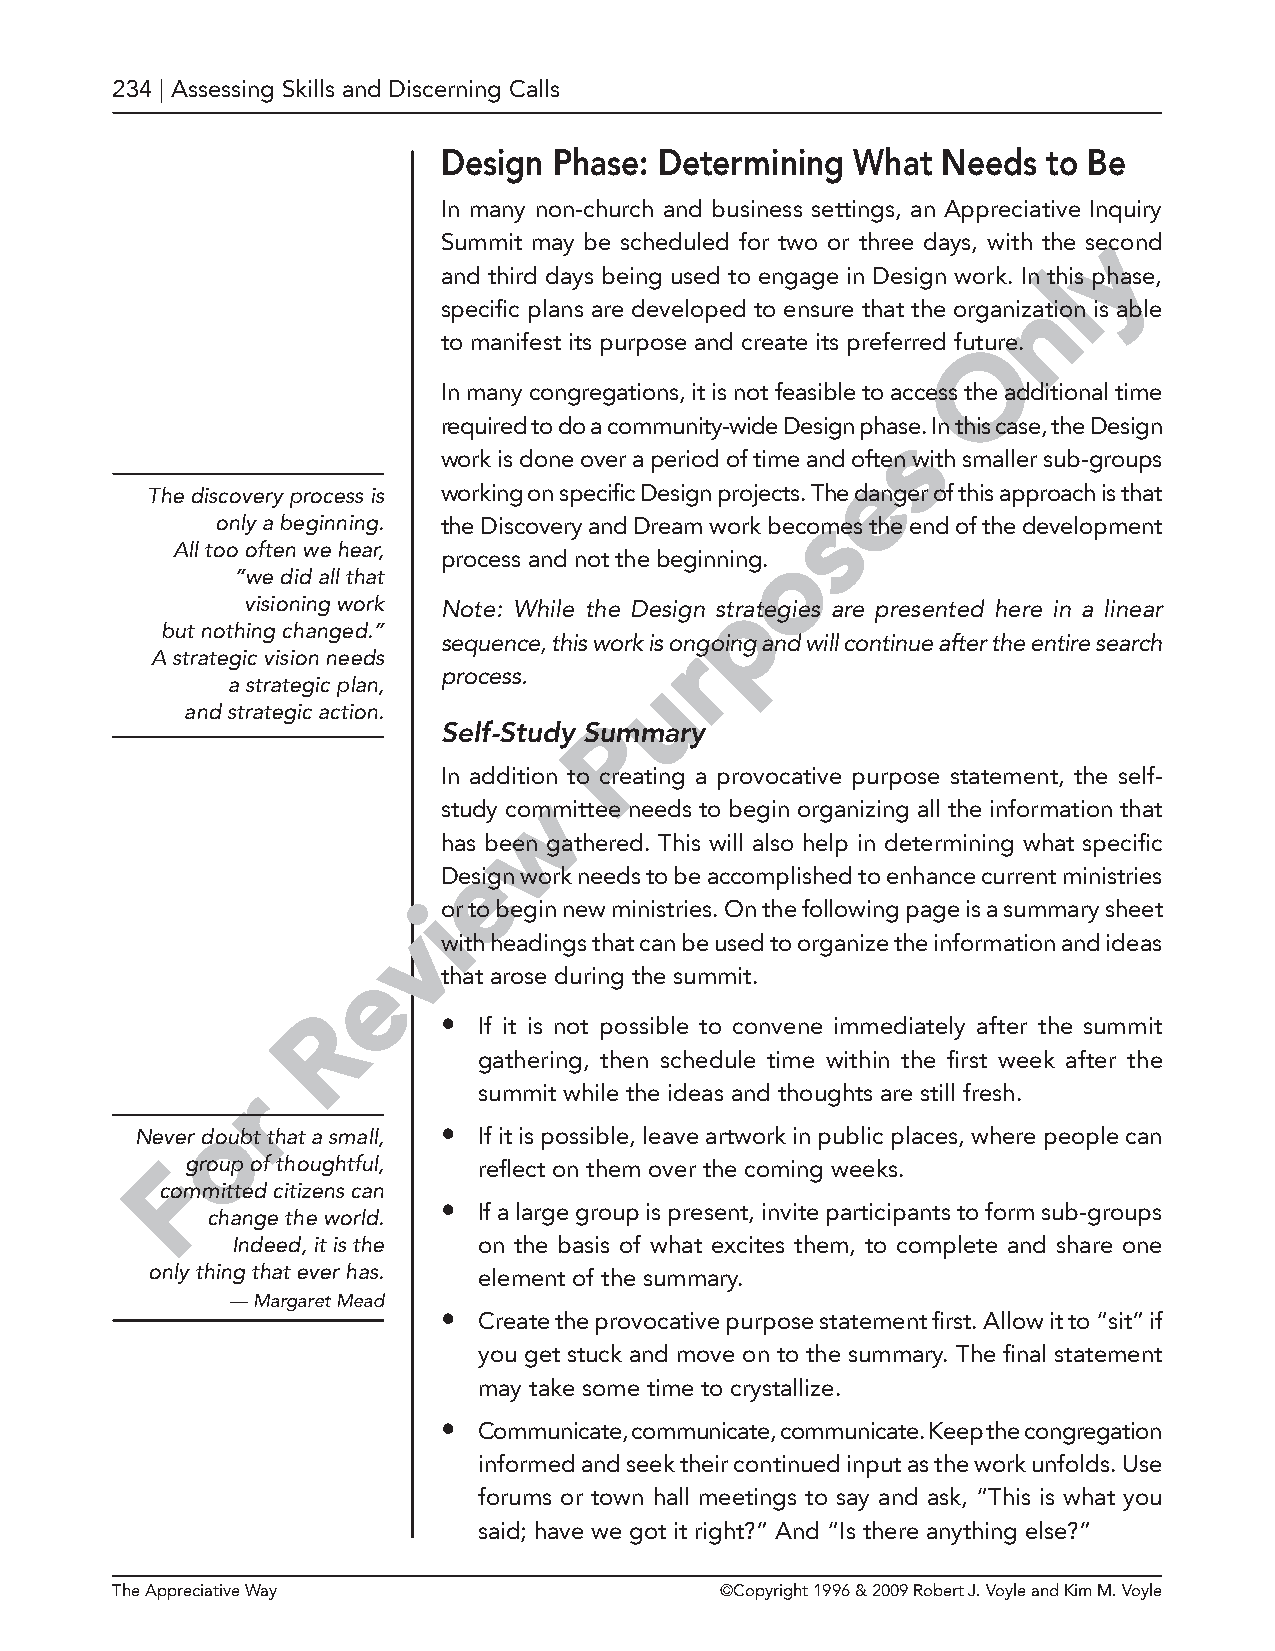
234 | Assessing Skills and Discerning Calls
 Design  Phase: Determining  What Needs  to Be
 In many non-church and business settings, an Appreciative Inquiry
 y
 Summit may be scheduled for two or three days, with the second
 and third days being used to engage in Design work. In tlhis phase,
 n
 specific plans are developed to ensure that the organization is able
 to manifest its purpose and create its preferred futOure.
 In many congregations, it is not feasible to access the additional time
 required to do a community-wide Design phase. In this case, the Design
 s
 work is done over a period of time and often with smaller sub-groups
 e
 The discovery process is working on specific Design projects. The danger of this approach is that
 s
 only a beginning. the Discovery and Dream work becomes the end of the development
 All too often we hear,                  o
 process and not the beginning.
 “we did all that
 p
 visioning work Note: While the Design strategies are presented here in a linear
 but nothing changed.”
 sequence, this work is orngoing and will continue after the entire search
 A strategic vision needs
 process.      u
 a strategic plan,
 and strategic action.
 P
 Self-Study Summary
 In addition to creating a provocative purpose statement, the self-
 w
 study committee needs to begin organizing all the information that
 has been gathered. This will also help in determining what specific
 e
 Design work needs to be accomplished to enhance current ministries
 ior to begin new ministries. On the following page is a summary sheet
 v
 with headings that can be used to organize the information and ideas
 e
 that arose during the summit.
 R
 •  If it is not possible to convene immediately after the summit
 gathering, then schedule time within the first week after the
 r               summit while the ideas and thoughts are still fresh.
 o
 Never doubt that a small, • If it is possible, leave artwork in public places, where people can
 Fgroup of thoughtful, reflect on them over the coming weeks.
 committed citizens can
 •  If a large group is present, invite participants to form sub-groups
 change the world.
 Indeed, it is the on the basis of what excites them, to complete and share one
 only thing that ever has. element of the summary.
 — Margaret Mead
 •  Create the provocative purpose statement first. Allow it to “sit” if
 you get stuck and move on to the summary. The final statement
 may take some time to crystallize.
 •  Communicate, communicate, communicate. Keep the congregation
 informed and seek their continued input as the work unfolds. Use
 forums or town hall meetings to say and ask, “This is what you
 said; have we got it right?” And “Is there anything else?”
 The Appreciative Way                     ©Copyright 1996 & 2009 Robert J. Voyle and Kim M. Voyle